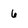
Character: 6